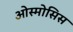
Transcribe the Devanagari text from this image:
ओस्मोसिस